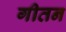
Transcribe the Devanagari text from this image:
गीतन